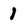
Character: 1